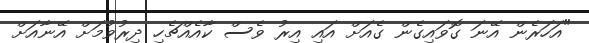
"އަހަރެން އޭނަ ގޮވައިގެން ގެއަށް އައި އިރު ވެސް ކާއެއްޗެހި ދިރުވުމަށް އޭނާއަށް